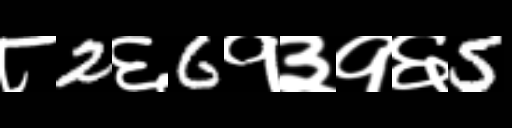
Text: ८2६6१३१६5